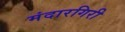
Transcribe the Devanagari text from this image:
मंदारगिरी